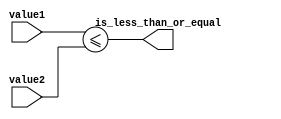
module less_than_or_equal (
    input [7:0] value1,
    input [7:0] value2,
    output is_less_than_or_equal
);

assign is_less_than_or_equal = (value1 <= value2);

endmodule